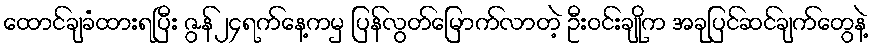
ထောင်ချခံထားရပြီး ဇွန်၂၄ရက်နေ့ကမှ ပြန်လွတ်မြောက်လာတဲ့ ဦးဝင်းချိုက အခုပြင်ဆင်ချက်တွေနဲ့